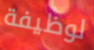
لوظيفة